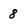
Character: 8